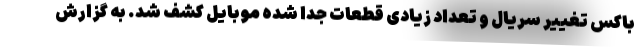
باکس تغییر سریال و تعداد زیادی قطعات جدا شده موبایل کشف شد. به گزارش